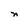
Character: n